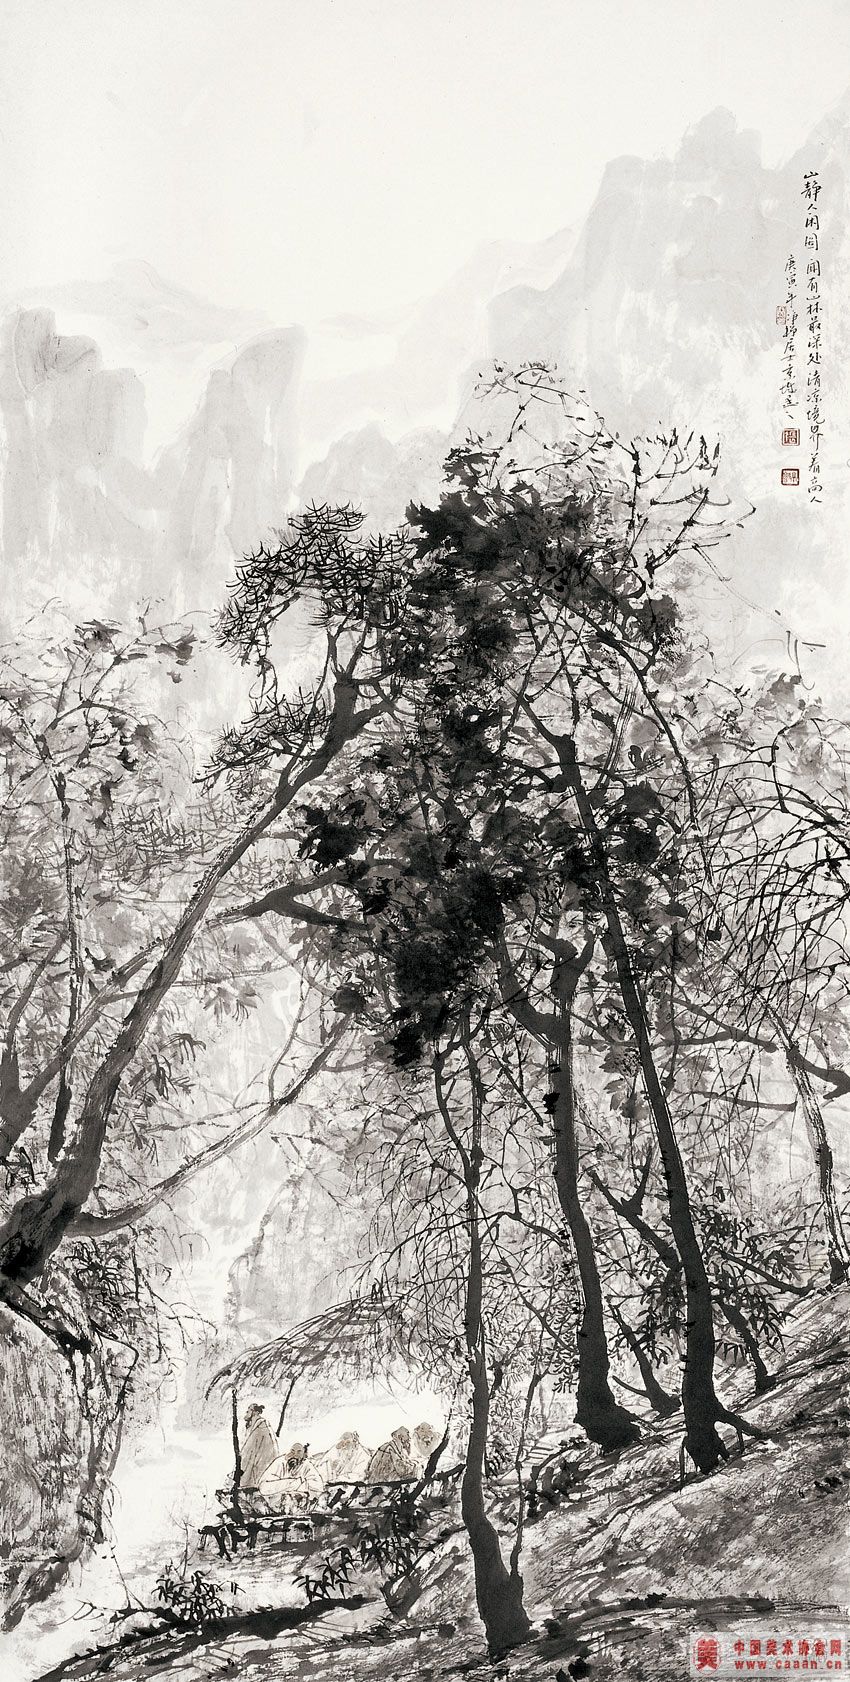
泛菊杯深，吹梅角远，同在京城。